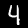
Digit: 4